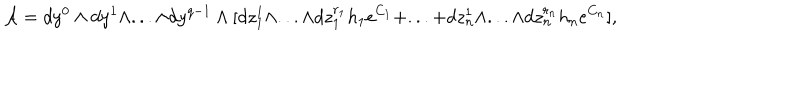
{ \cal A } = d y ^ { 0 } \wedge d y ^ { 1 } \wedge . . . \wedge d y ^ { q - 1 } \wedge [ d z _ { 1 } ^ { 1 } \wedge . . . \wedge d z _ { 1 } ^ { r _ { 1 } } h _ { 1 } e ^ { C _ { 1 } } + . . . + d z _ { n } ^ { 1 } \wedge . . . \wedge d z _ { n } ^ { r _ { n } } h _ { n } e ^ { C _ { n } } ] ,